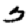
Digit: 3